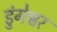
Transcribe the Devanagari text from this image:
डुंगेश्वर